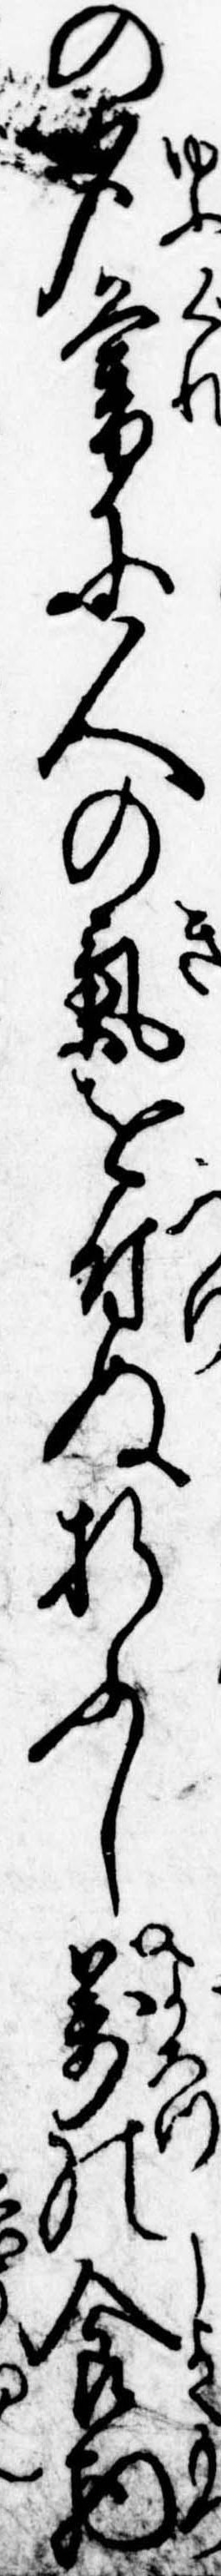
の夕暮に人の気を付ぬ折ふし万の食物